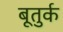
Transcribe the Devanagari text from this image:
बूतुर्क